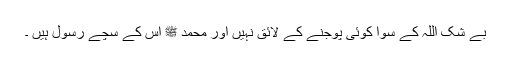
بے شک اللہ کے سوا کوئی پوجنے کے لائق نہیں اور محمد ﷺ اس کے سچے رسول ہیں ۔